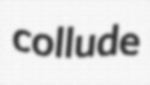
collude